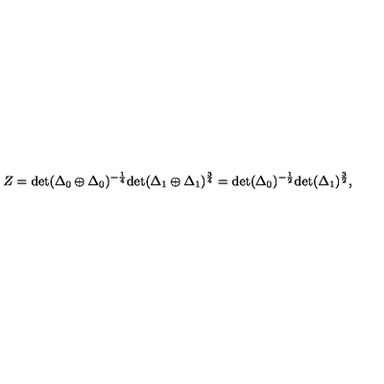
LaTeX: Z = \mathrm { d e t } ( \Delta _ { 0 } \oplus \Delta _ { 0 } ) ^ { - \frac { 1 } { 4 } } \mathrm { d e t } ( \Delta _ { 1 } \oplus \Delta _ { 1 } ) ^ { \frac { 3 } { 4 } } = \mathrm { d e t } ( \Delta _ { 0 } ) ^ { - \frac { 1 } { 2 } } \mathrm { d e t } ( \Delta _ { 1 } ) ^ { \frac { 3 } { 2 } } ,